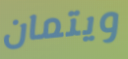
ويتمان